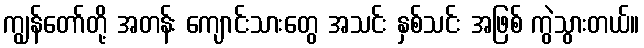
ကျွန်တော်တို့ အတန်း ကျောင်းသားတွေ အသင်း နှစ်သင်း အဖြစ် ကွဲသွားတယ်။